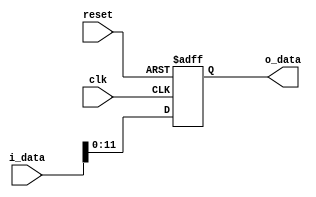
module BCD7(reset,
            clk,
            i_data,
            o_data);
    
    input reset;
    input clk;
    input [31:0] i_data;
    output reg [11:0] o_data;
    
    always @(posedge clk or posedge reset) begin
        if (reset) begin
            o_data <= 12'b111111111111;
        end
        else begin
            o_data <= i_data[11:0];
        end
    end
    
endmodule